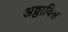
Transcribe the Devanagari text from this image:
अठ्ठाविस